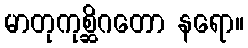
မာတုကုစ္ဆိဂတော နရော။